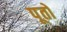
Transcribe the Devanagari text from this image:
पूतों